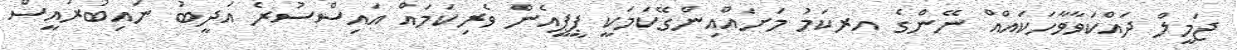
ޖަމީލް ދައްކަވާވާހަކައްއް ނޭންގެ އރކަމު މަށައްއިންގޭކަމަކީ ޕީޕީއެން ވެރިކަމައް އައިސްސުރެ އަދީބު ނައިބުރައީސް